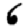
Digit: 6